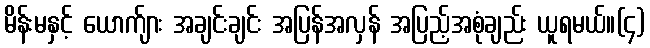
မိန်းမနှင့် ယောက်ျား အချင်းချင်း အပြန်အလှန် အပြည့်အစုံချည်း ယူရမယ်။(၄)